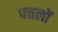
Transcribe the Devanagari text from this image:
पत्तलों